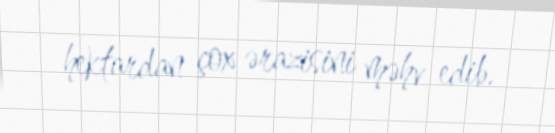
hektardan çox ərazisini məhv edib.